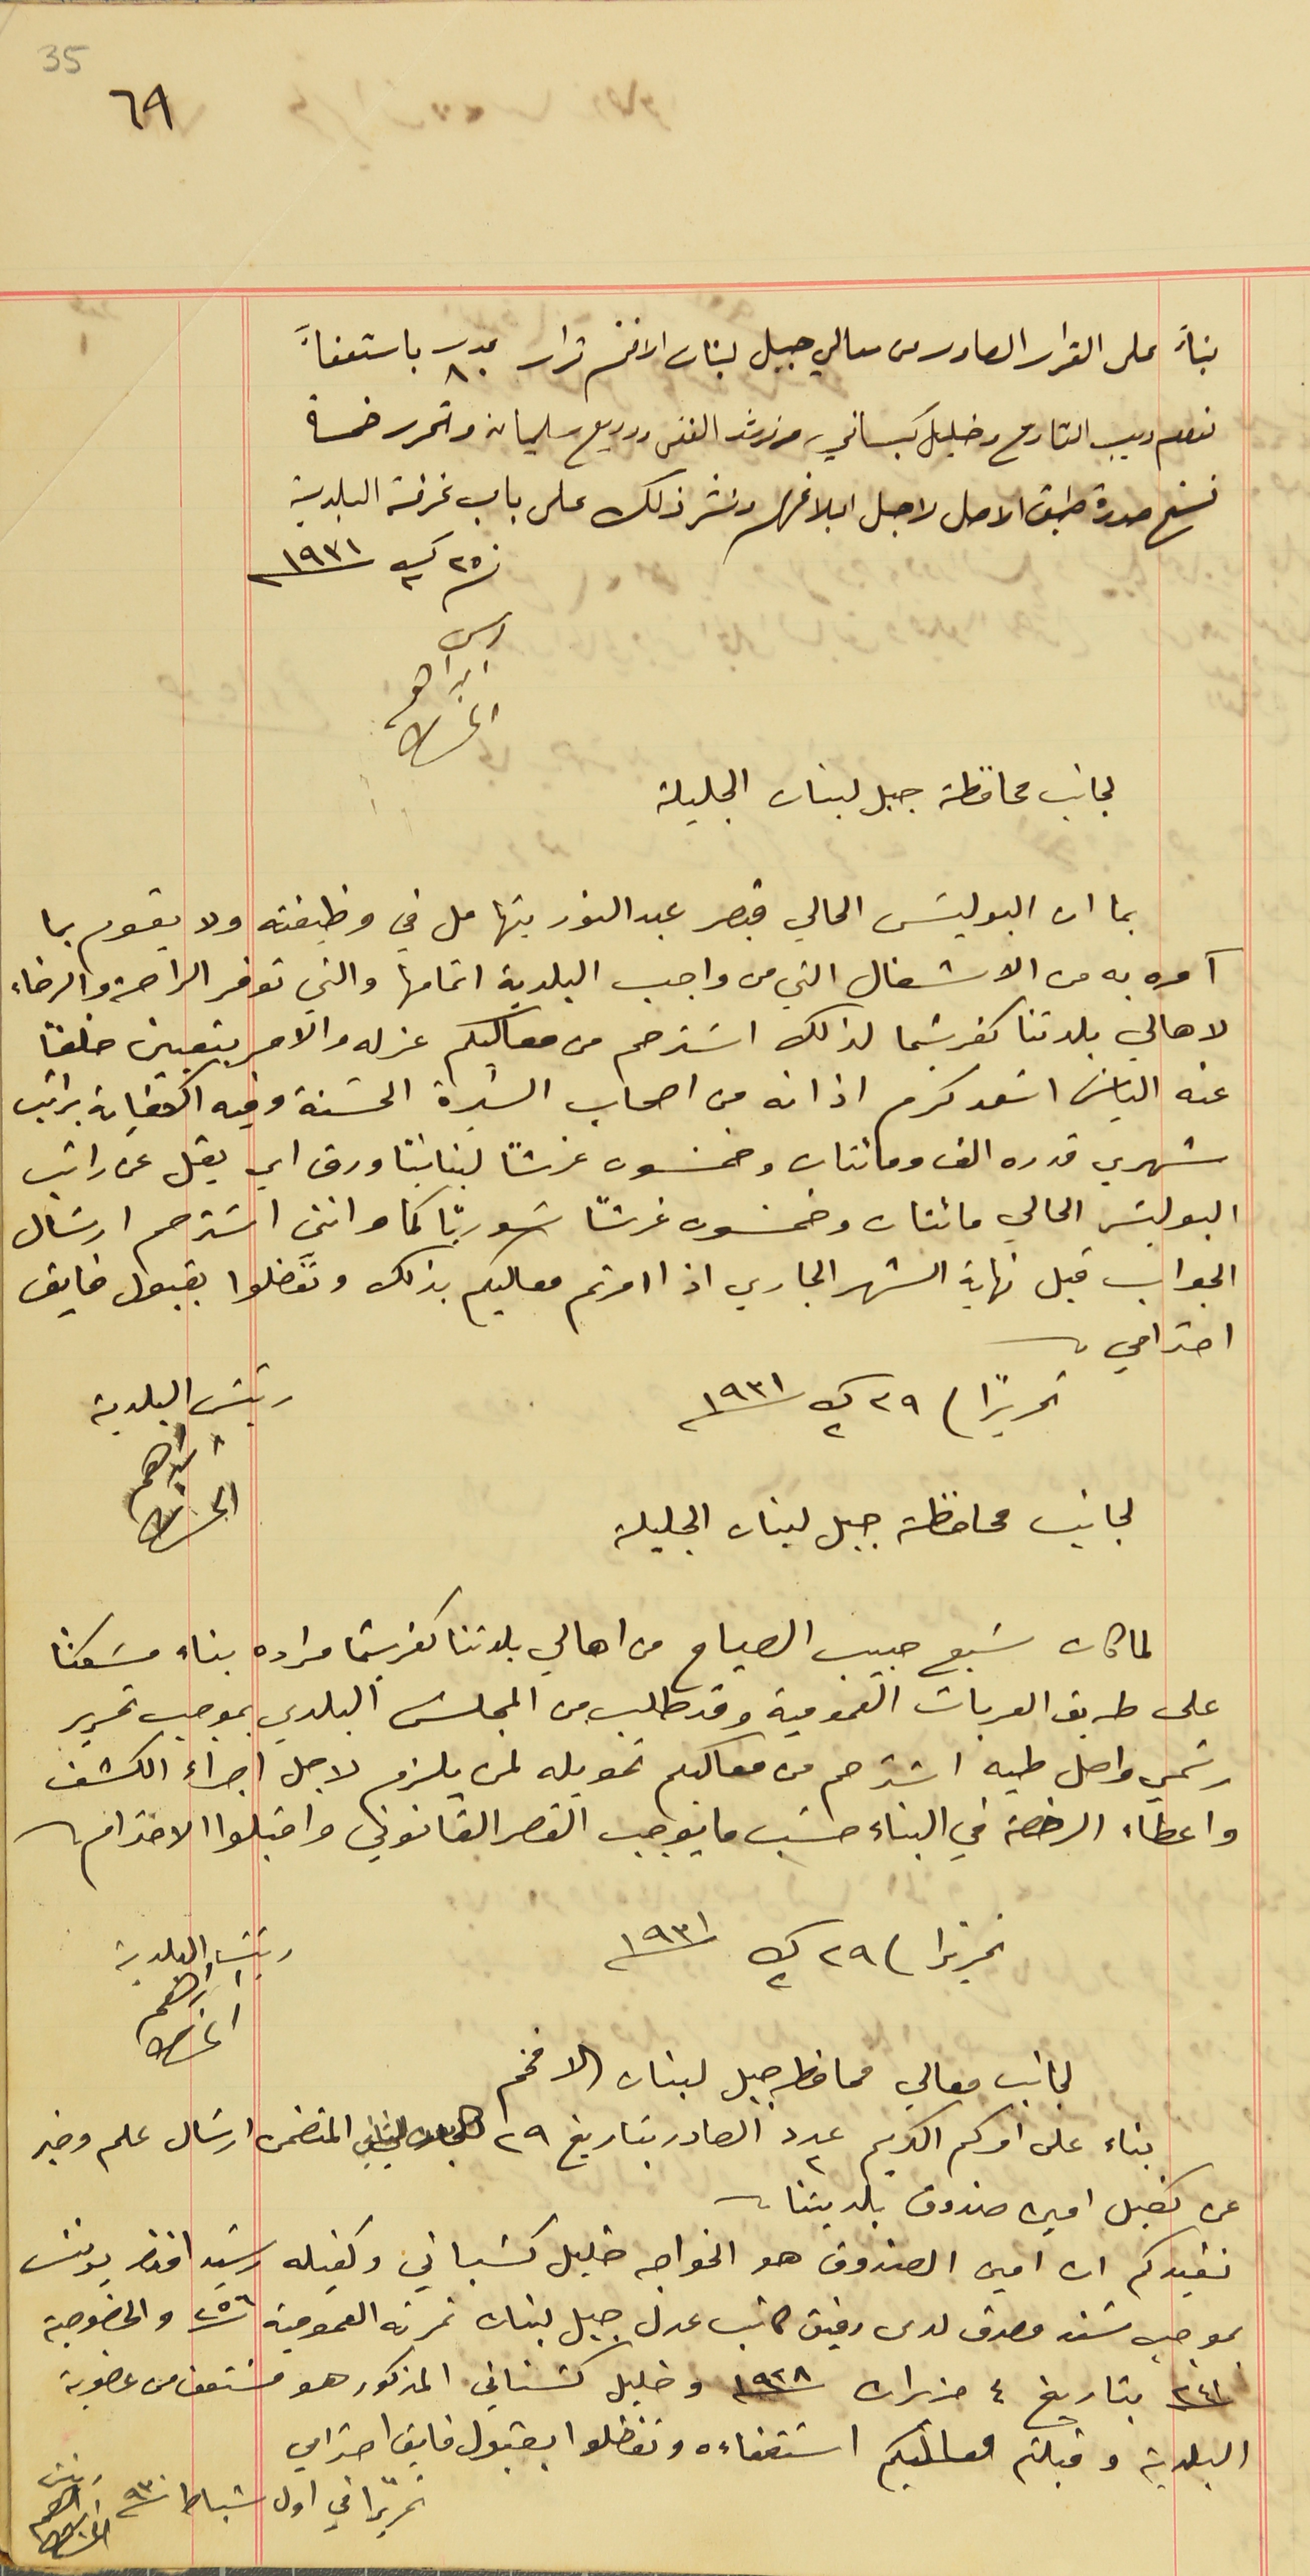
35
بنأً على القرار الصادر من معالي جبل لبنان الافخم قرار عدد ٨٠ باستعفآء
 نعوم ديب القارح وخليل كبساني ونرشد الفتى ووديع سليمان وتحرر خمسة
 نسخ صورة طبق الاصل لاجل ابلاغهم ونشر ذلك على باب غرفة البلدية
فى ٢٥ ك٢ سنة ١٩٣١
رىس ابراهىم الحىاط
لجانب محافظة جبل لبنان الجليلة
بما ان البوليسَ الحالي قيصر عبد النور يتهامل في وظيفته ولا يقوم بما
 آمره به من الاشغال التي من واجب البلدية اتمامها والتي توفر الراحة والرخاء
لاهالي بلدتنا كفرشيما لذلك اسَترحم من معاليكم عزله والامر بتعيين خلفًا
عنه الياسَ اسَعد كرم اذ انه من اصحاب السَيرة الحسَنة وفيه الكفاية براتب
شهري قدره الف ومائتان وخمسَون غرشاً لبنانيًا ورق اي يقل عن راتب
البوليسَ الحالي مائتان وخمسَون غرشاً سَوريًا كما وانني اسَترحم ارسَال
الجواب قبل نهاية الشهر الجاري اذا امرتم معاليكم بذلك وتفضلوا بقبول فايق
احترامي.
رئيس البلدية ابراهىم الحىاط
 لجانب محافظة جبل لبنان الجليلة
تحريراً / ٢٩ ك٢ سنة ١٩٣١
 لما كان سَبع حبيب الصياح من اهالي بلدتنا كفرشيما مراده بناء مسَكنًا
 على طريق العربات العمومية وقد طلب من المجلس البلدي بموجب تحرير
رسَمي واصل طيه اسَترحم من معاليكم تحويله لمن يلزم لاجل اجراء الكشف
واعطاء الرخصة في البناء حسَب ما يوجب القصر القانوني واقبلوا الاحترام.
تحريرًا فى ٢٩ ك٢ سنة ١٩٣١
 لجانب معالي محافظ جبل لبنان الافخم
رئيس البلدية ابراهىم الحىاط
بناء على امركم الكريم عدد ٢ الصادر بتاريخ ٢٩ كانون الثاني المتضمن ارسَال علم وخبر
عن كفيل امين صندوق بلديتنا.
نفيدكم ان امين الصندوق هو الخواجه خليل كسَباني وكفيله رشيد افندى يونسَ
بموجب سَند مصدق لدى رفيق كاتب عدل جبل لبنان نمرته العمومية  ٢٥٦ والخصوصية
٢٤١ بتاريخ ٤ حزيران سنة ١٩٢٨ وخليل كسَناني المذكور هو مسَتعفا من عضوية
البلدية وقبلتم معاليكم استعفأه وتفضلوا بقبول فايق احترامي
تحريراً في اول شباط سنة ٩٣٠ رئيسَ ابرهىم الحىاط
٦٩